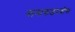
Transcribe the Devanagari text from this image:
नानाफडनवीस